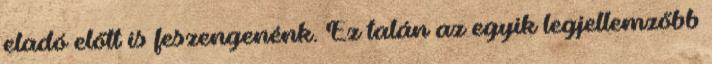
eladó előtt is feszengenénk. Ez talán az egyik legjellemzőbb